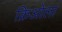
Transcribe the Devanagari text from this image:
क्रिओला